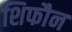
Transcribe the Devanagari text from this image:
शिफौन